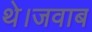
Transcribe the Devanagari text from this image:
थे।जवाब